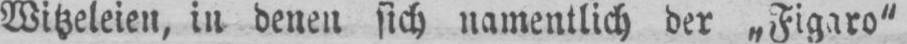
Witzeleien, in denen sich namentlich der „Figaro“